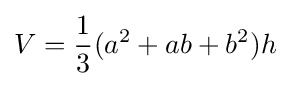
V={\frac {1}{3}}(a^{2}+ab+b^{2})h